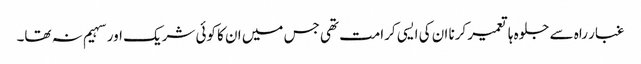
غبار راہ سے جلوہ ہا تعمیر کرنا ان کی ایسی کرامت تھی جس میں ان کا کوئی شریک اور سہیم نہ تھا۔